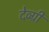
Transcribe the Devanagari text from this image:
देव्ग्री